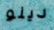
دينو